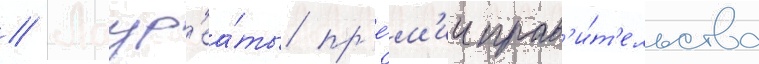
// Лаур'еа́ты пр'е́м'ии прав'и́т'ельства